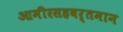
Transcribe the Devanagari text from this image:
आमीरसहवर्तमान